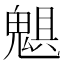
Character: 𩳖